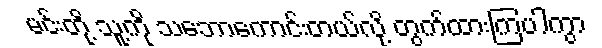
မင်းတို့ သူ့ကို သဘောကောင်းတယ်လို့ တွက်ထားကြပါကွာ